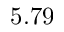
5 . 7 9